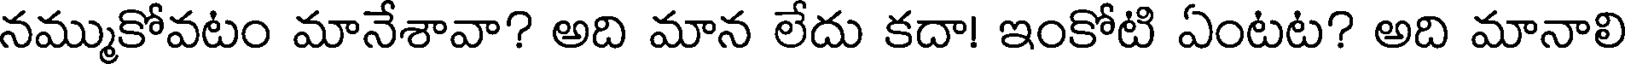
నమ్ముకోవటం మానేశావా? అది మాన లేదు కదా! ఇంకోటి ఏంటట? అది మానాలి